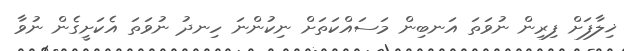
ޚިލާފަށް ފިރިން ނުވަތަ އަނބިން މަސައްކަތަށް ނިކުންނަ ހިނދު ނުވަތަ އެކަށީގެން ނުވާ